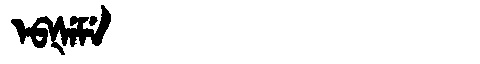
Manchu: ᡝᠪᡧᡝᠮᡝ
Romanization: EBŠEME